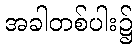
အခါတစ်ပါး၌